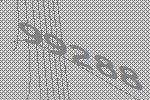
99288